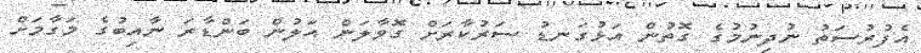
އެފުރުސަތު ނުދިނުމުގެ ގޮތުން އަޅުގަނޑު ސަރުކާރަށް ގޮވާލަން އަލުން ބަންޑާރަ ނާއިބުގެ މަގާމަށް